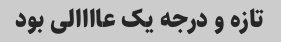
تازه و درجه یک عاااالی بود